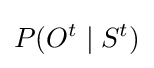
P(O^{t}\mid S^{t})